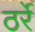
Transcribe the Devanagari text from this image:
ठर्रे